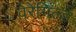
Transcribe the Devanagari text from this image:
वेरेगिल्ड